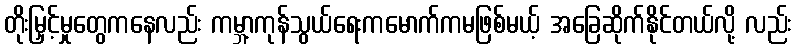
တိုးမြှင့်မှုတွေကနေလည်း ကမ္ဘာ့ကုန်သွယ်ရေးကမောက်ကမဖြစ်မယ့် အခြေဆိုက်နိုင်တယ်လို့ လည်း